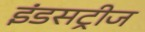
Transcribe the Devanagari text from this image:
इंडसट्रीज